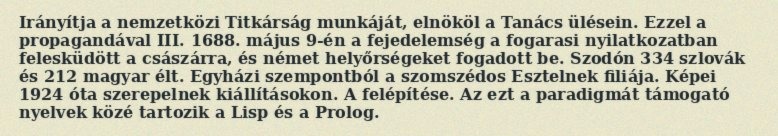
Irányítja a nemzetközi Titkárság munkáját, elnököl a Tanács ülésein. Ezzel a propagandával III. 1688. május 9-én a fejedelemség a fogarasi nyilatkozatban felesküdött a császárra, és német helyőrségeket fogadott be. Szodón 334 szlovák és 212 magyar élt. Egyházi szempontból a szomszédos Esztelnek filiája. Képei 1924 óta szerepelnek kiállításokon. A felépítése. Az ezt a paradigmát támogató nyelvek közé tartozik a Lisp és a Prolog.